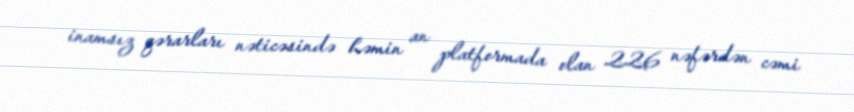
inamsız qərarları nəticəsində həmin an platformada olan 226 nəfərdən cəmi